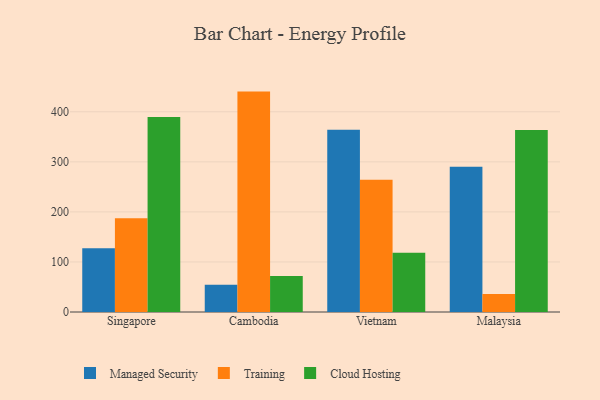
{"axis": {"x": "Country", "y": "Website Visitors"}, "legend": ["Cloud Hosting", "Managed Security", "Training"], "data": [{"x": "Singapore", "y": 127.4, "type": "Managed Security"}, {"x": "Singapore", "y": 187.5, "type": "Training"}, {"x": "Singapore", "y": 389.6, "type": "Cloud Hosting"}, {"x": "Cambodia", "y": 54.6, "type": "Managed Security"}, {"x": "Cambodia", "y": 440.3, "type": "Training"}, {"x": "Cambodia", "y": 71.8, "type": "Cloud Hosting"}, {"x": "Vietnam", "y": 364.2, "type": "Managed Security"}, {"x": "Vietnam", "y": 264.2, "type": "Training"}, {"x": "Vietnam", "y": 118.4, "type": "Cloud Hosting"}, {"x": "Malaysia", "y": 290.2, "type": "Managed Security"}, {"x": "Malaysia", "y": 35.8, "type": "Training"}, {"x": "Malaysia", "y": 363.7, "type": "Cloud Hosting"}]}